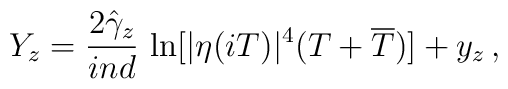
Y_z=\frac{2\hat{\gamma}_z}{ind}\,\ln [|\eta (iT)|^4(T+\overline{T})]+y_z\, ,